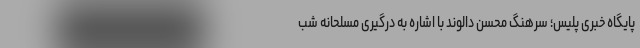
پایگاه خبری پلیس؛ سرهنگ محسن دالوند با اشاره به درگیری مسلحانه شب